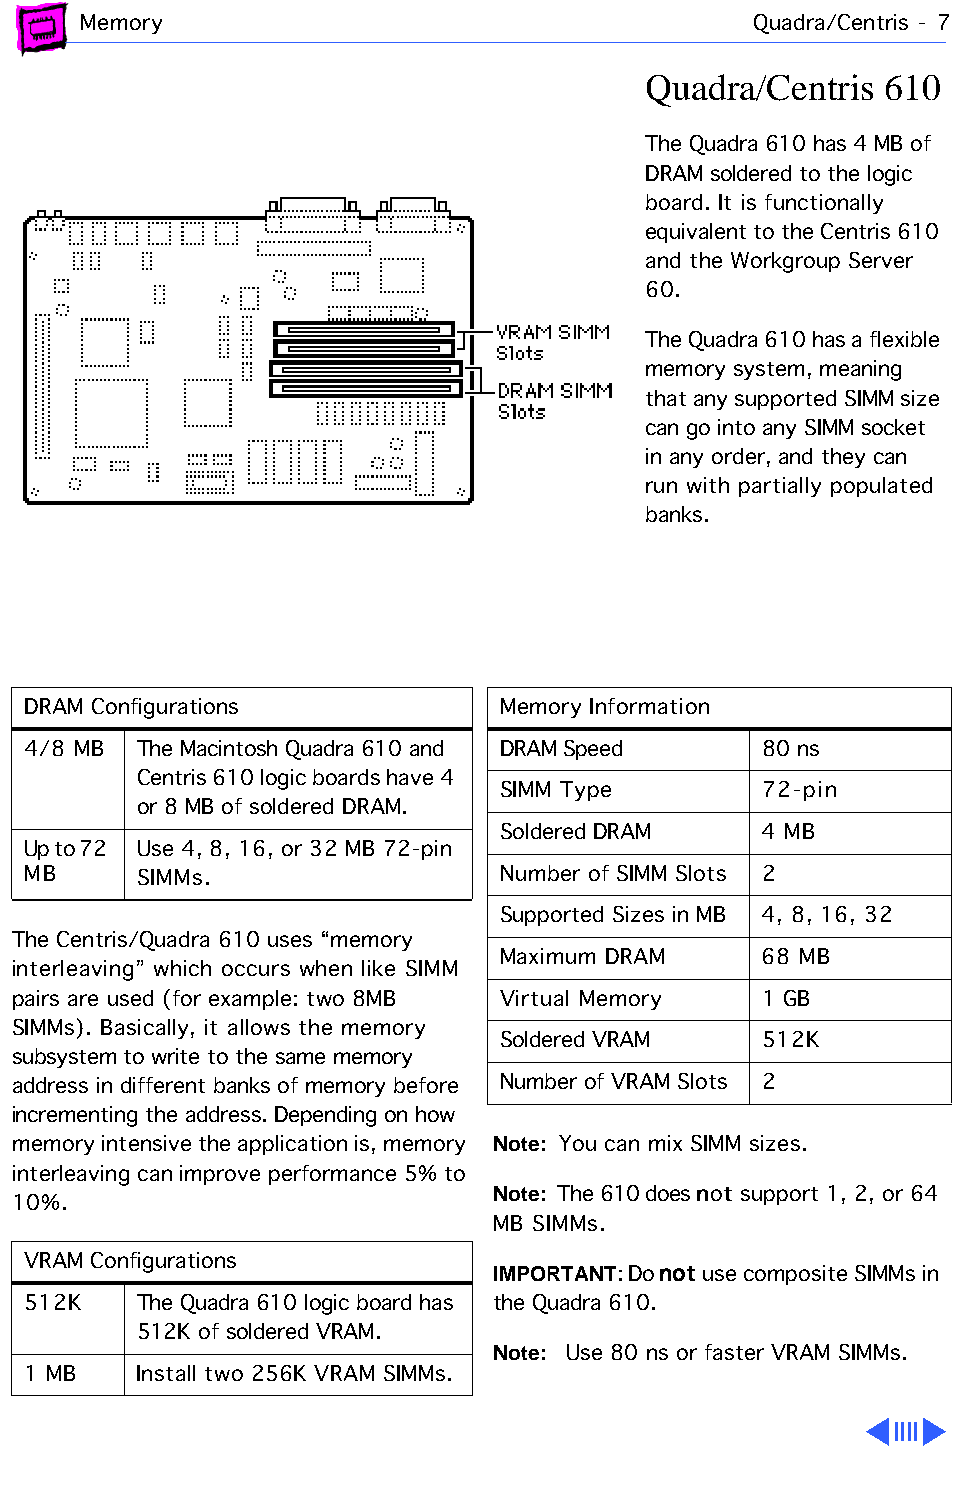
Memory                                      Quadra/Centris - 7
 Quadra/Centris  610
 The Quadra 610 has 4 MB of
 DRAM soldered to the logic
 board. It is functionally
 equivalent to the Centris 610
 and the Workgroup Server
 60.
 The Quadra 610 has a flexible
 memory system, meaning
 that any supported SIMM size
 can go into any SIMM socket
 in any order, and they can
 run with partially populated
 banks.
 DRAM Configurations             Memory Information
 4/8 MB  The Macintosh Quadra 610 and DRAM Speed  80 ns
 Centris 610 logic boards have 4
 SIMM Type        72-pin
 or 8 MB of soldered DRAM.
 Soldered DRAM    4 MB
 Up to 72 Use 4, 8, 16, or 32 MB 72-pin
 MB      SIMMs.                  Number of SIMM Slots 2
 Supported Sizes in MB 4, 8, 16, 32
 The Centris/Quadra 610 uses “memory
 Maximum DRAM     68 MB
 interleaving” which occurs when like SIMM
 pairs are used (for example: two 8MB Virtual Memory 1 GB
 SIMMs). Basically, it allows the memory
 Soldered VRAM    512K
 subsystem to write to the same memory
 address in different banks of memory before Number of VRAM Slots 2
 incrementing the address. Depending on how
 memory intensive the application is, memory Note: You can mix SIMM sizes.
 interleaving can improve performance 5% to
 Note: The 610 does not support 1, 2, or 64
 10%.
 MB SIMMs.
 VRAM Configurations            IMPORTANT: Do not use composite SIMMs in
 512K    The Quadra 610 logic board has the Quadra 610.
 512K of soldered VRAM.
 Note: Use 80 ns or faster VRAM SIMMs.
 1 MB    Install two 256K VRAM SIMMs.